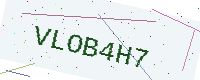
Text: VLOB4H7